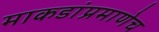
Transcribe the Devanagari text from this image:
माकडांप्रमाणेच